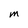
Character: m